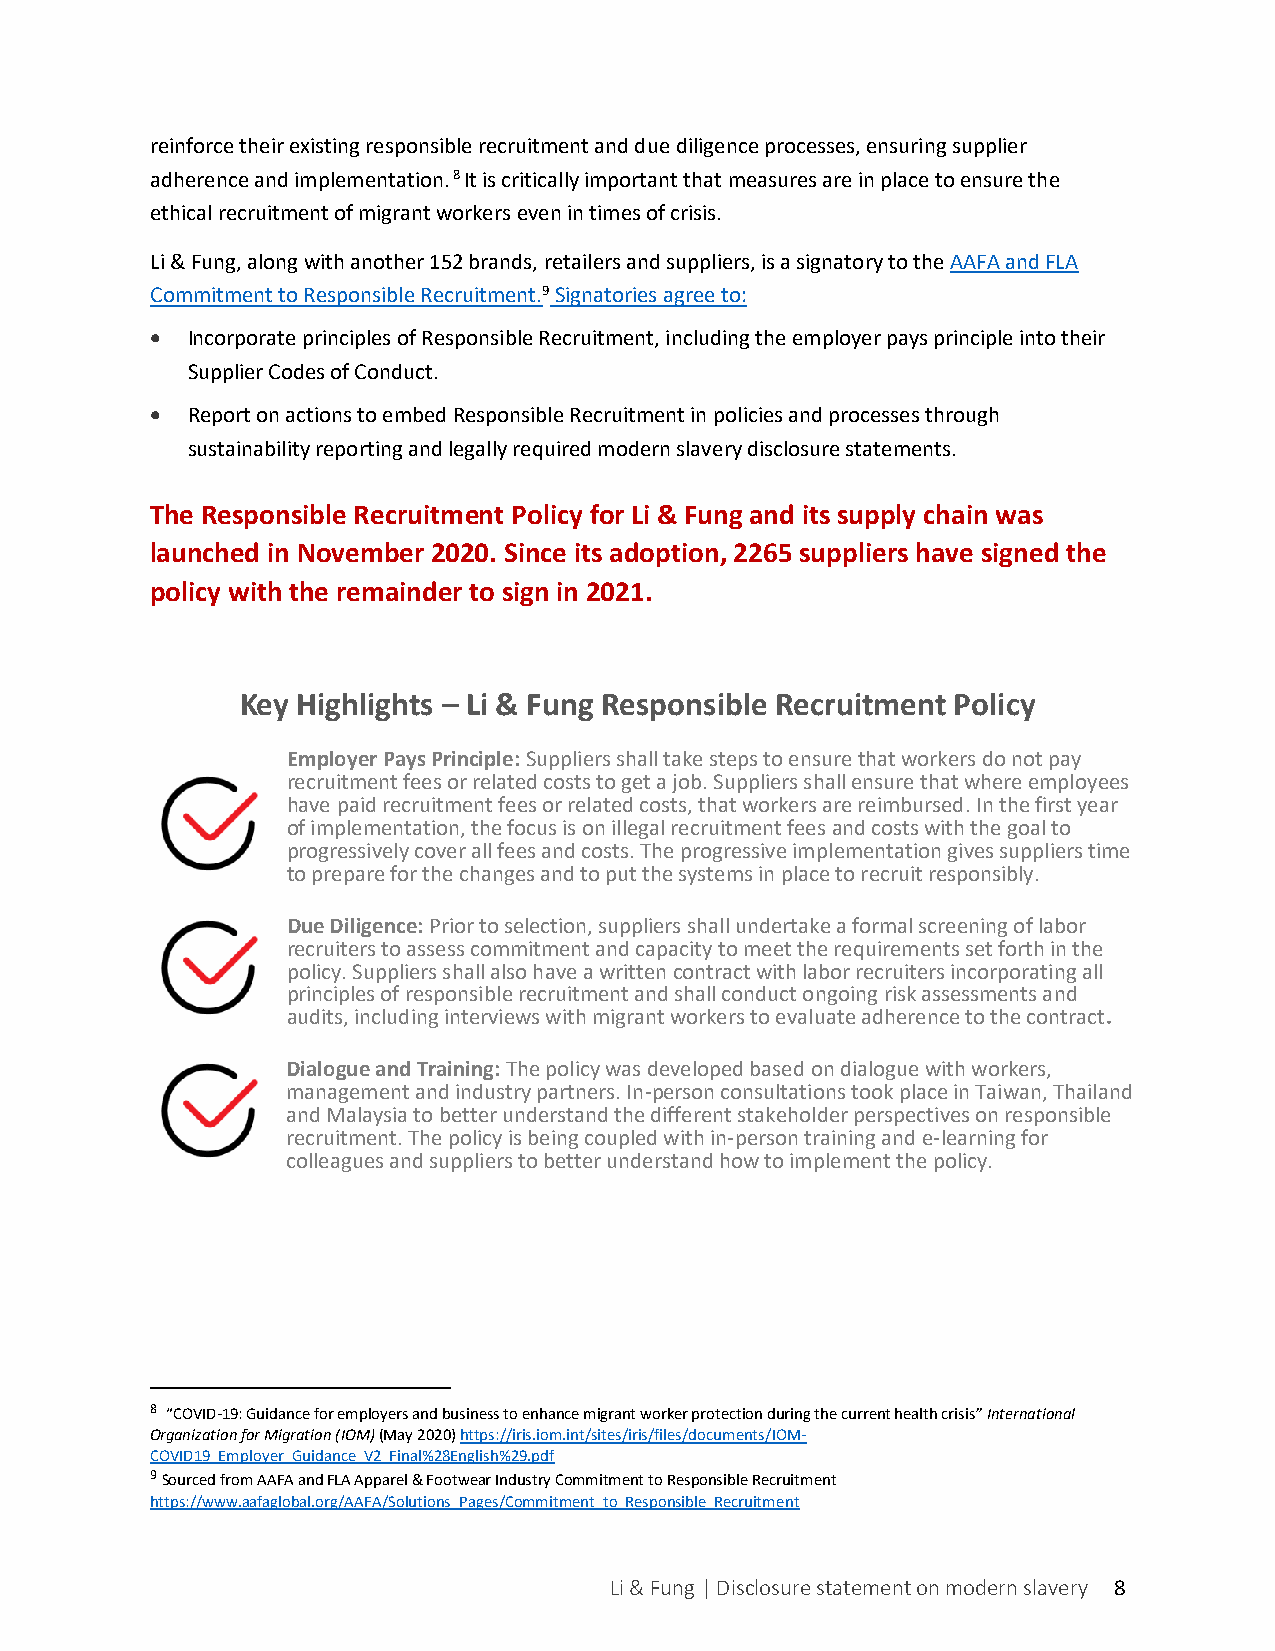
reinforce their existing responsible recruitment and due diligence processes, ensuring supplier
 adherence and implementation. 8 It is critically important that measures are in place to ensure the
 ethical recruitment of migrant workers even in times of crisis.
 Li & Fung, along with another 152 brands, retailers and suppliers, is a signatory to the AAFA and FLA
 Commitment to Responsible Recruitment.9 Signatories agree to:
 • Incorporate principles of Responsible Recruitment, including the employer pays principle into their
 Supplier Codes of Conduct.
 • Report on actions to embed Responsible Recruitment in policies and processes through
 sustainability reporting and legally required modern slavery disclosure statements.
 The Responsible Recruitment Policy for Li & Fung and its supply chain was
 launched in November 2020. Since its adoption, 2265 suppliers have signed the
 policy with the remainder to sign in 2021.
 Key Highlights – Li & Fung Responsible Recruitment Policy
 Employer Pays Principle: Suppliers shall take steps to ensure that workers do not pay
 recruitment fees or related costs to get a job. Suppliers shall ensure that where employees
 have paid recruitment fees or related costs, that workers are reimbursed. In the first year
 of implementation, the focus is on illegal recruitment fees and costs with the goal to
 progressively cover all fees and costs. The progressive implementation gives suppliers time
 to prepare for the changes and to put the systems in place to recruit responsibly.
 Due Diligence: Prior to selection, suppliers shall undertake a formal screening of labor
 recruiters to assess commitment and capacity to meet the requirements set forth in the
 policy. Suppliers shall also have a written contract with labor recruiters incorporating all
 principles of responsible recruitment and shall conduct ongoing risk assessments and
 audits, including interviews with migrant workers to evaluate adherence to the contract.
 D ialogue and Training: The policy was developed based on dialogue with workers,
 management and industry partners. In-person consultations took place in Taiwan, Thailand
 and Malaysia to better understand the different stakeholder perspectives on responsible
 recruitment. The policy is being coupled with in-person training and e-learning for
 colleagues and suppliers to better understand how to implement the policy.
 8 “COVID-19: Guidance for employers and business to enhance migrant worker protection during the current health crisis” International
 Organization for Migration (IOM) (May 2020) https://iris.iom.int/sites/iris/files/documents/IOM-
 COVID19_Employer_Guidance_V2_Final%28English%29.pdf
 9 Sourced from AAFA and FLA Apparel & Footwear Industry Commitment to Responsible Recruitment
 https://www.aafaglobal.org/AAFA/Solutions_Pages/Commitment_to_Responsible_Recruitment
 Li & Fung | Disclosure statement on modern slavery 8